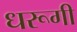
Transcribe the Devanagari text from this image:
धरूगी